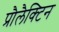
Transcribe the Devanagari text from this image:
प्रौलैक्टिन